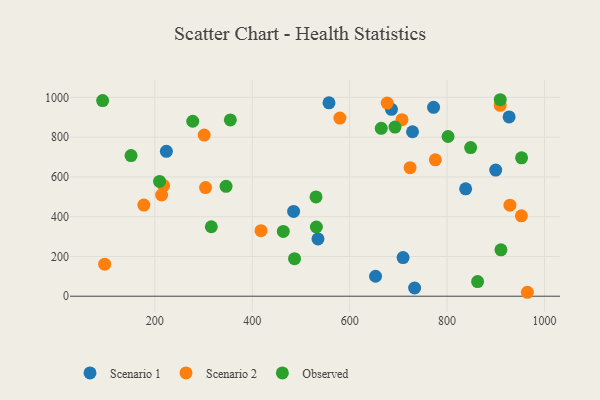
{"axis": {"x": "Ad Spend", "y": "Exam Score"}, "legend": ["Observed", "Scenario 1", "Scenario 2"], "data": [{"x": "772.2", "y": 950.3, "type": "Scenario 1"}, {"x": "685.8", "y": 940.3, "type": "Scenario 1"}, {"x": "927.3", "y": 901.9, "type": "Scenario 1"}, {"x": "653.1", "y": 100.4, "type": "Scenario 1"}, {"x": "223.7", "y": 728.7, "type": "Scenario 1"}, {"x": "733.3", "y": 41.3, "type": "Scenario 1"}, {"x": "557.5", "y": 972.8, "type": "Scenario 1"}, {"x": "838.1", "y": 540.2, "type": "Scenario 1"}, {"x": "534.9", "y": 288.1, "type": "Scenario 1"}, {"x": "709.6", "y": 194.3, "type": "Scenario 1"}, {"x": "899.8", "y": 634.6, "type": "Scenario 1"}, {"x": "729.0", "y": 827.4, "type": "Scenario 1"}, {"x": "484.9", "y": 426.6, "type": "Scenario 1"}, {"x": "177.4", "y": 458.6, "type": "Scenario 2"}, {"x": "218.0", "y": 556.6, "type": "Scenario 2"}, {"x": "964.8", "y": 19.8, "type": "Scenario 2"}, {"x": "417.9", "y": 329.8, "type": "Scenario 2"}, {"x": "929.0", "y": 458.0, "type": "Scenario 2"}, {"x": "952.5", "y": 404.5, "type": "Scenario 2"}, {"x": "707.3", "y": 888.1, "type": "Scenario 2"}, {"x": "909.0", "y": 960.4, "type": "Scenario 2"}, {"x": "97.0", "y": 161.0, "type": "Scenario 2"}, {"x": "775.8", "y": 685.9, "type": "Scenario 2"}, {"x": "579.9", "y": 896.3, "type": "Scenario 2"}, {"x": "301.3", "y": 810.6, "type": "Scenario 2"}, {"x": "304.1", "y": 546.3, "type": "Scenario 2"}, {"x": "213.9", "y": 509.2, "type": "Scenario 2"}, {"x": "724.0", "y": 646.4, "type": "Scenario 2"}, {"x": "677.0", "y": 971.4, "type": "Scenario 2"}, {"x": "801.9", "y": 803.3, "type": "Observed"}, {"x": "952.9", "y": 696.0, "type": "Observed"}, {"x": "664.8", "y": 844.7, "type": "Observed"}, {"x": "848.3", "y": 747.7, "type": "Observed"}, {"x": "909.1", "y": 988.4, "type": "Observed"}, {"x": "910.5", "y": 233.5, "type": "Observed"}, {"x": "486.8", "y": 189.0, "type": "Observed"}, {"x": "862.6", "y": 73.7, "type": "Observed"}, {"x": "277.8", "y": 880.1, "type": "Observed"}, {"x": "693.1", "y": 850.6, "type": "Observed"}, {"x": "530.9", "y": 499.5, "type": "Observed"}, {"x": "531.6", "y": 348.1, "type": "Observed"}, {"x": "355.0", "y": 886.9, "type": "Observed"}, {"x": "315.9", "y": 349.3, "type": "Observed"}, {"x": "151.1", "y": 707.4, "type": "Observed"}, {"x": "463.7", "y": 326.1, "type": "Observed"}, {"x": "92.8", "y": 984.0, "type": "Observed"}, {"x": "209.7", "y": 577.4, "type": "Observed"}, {"x": "346.2", "y": 552.9, "type": "Observed"}]}